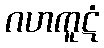
ဂဟကူဋံ